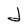
Character: d